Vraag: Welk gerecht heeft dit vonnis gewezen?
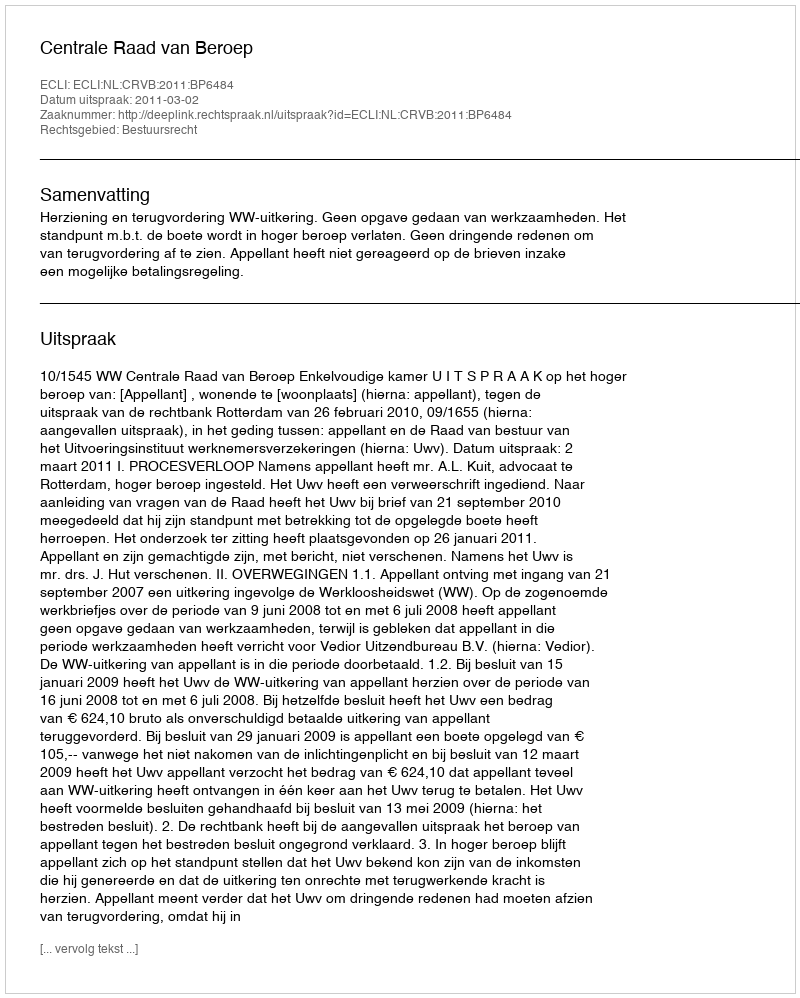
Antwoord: Centrale Raad van Beroep